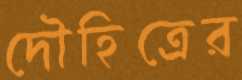
দৌহিত্রের